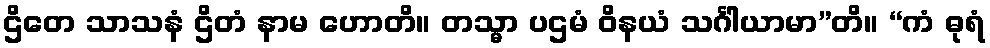
ဌိတေ သာသနံ ဌိတံ နာမ ဟောတိ။ တသ္မာ ပဌမံ ဝိနယံ သင်္ဂါယာမာ”တိ။ “ကံ ဓုရံ